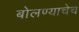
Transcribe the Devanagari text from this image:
बोलण्याचेच